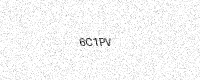
Text: 6C1PV